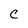
Character: C